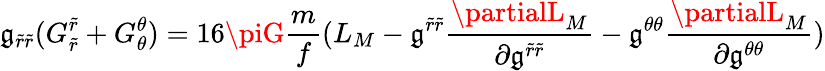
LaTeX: \mathfrak{g}_{\tilde{{r}}\tilde{{r}}}(G_{\tilde{{r}}}^{\tilde{{r}}}+G_{\theta}^{\theta})=16\piG\frac{{m}}{{f}}(L_{M}-\mathfrak{g}^{\tilde{{r}}\tilde{{r}}}\frac{{\partialL_{M}}}{{\partial\mathfrak{g}^{\tilde{{r}}\tilde{{r}}}}}-\mathfrak{g}^{\theta\theta}\frac{{\partialL_{M}}}{{\partial\mathfrak{g}^{\theta\theta}}})